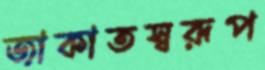
জাকাতস্বরূপ